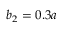
b _ { 2 } = 0 . 3 a